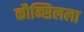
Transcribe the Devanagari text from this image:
कौन्सिलला